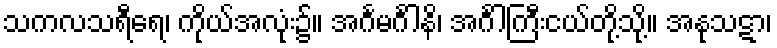
သကလသရီရေ၊ ကိုယ်အလုံး၌။ အင်္ဂမင်္ဂါနိ၊ အင်္ဂါကြီးငယ်တို့သို့။ အနုသဋာ၊